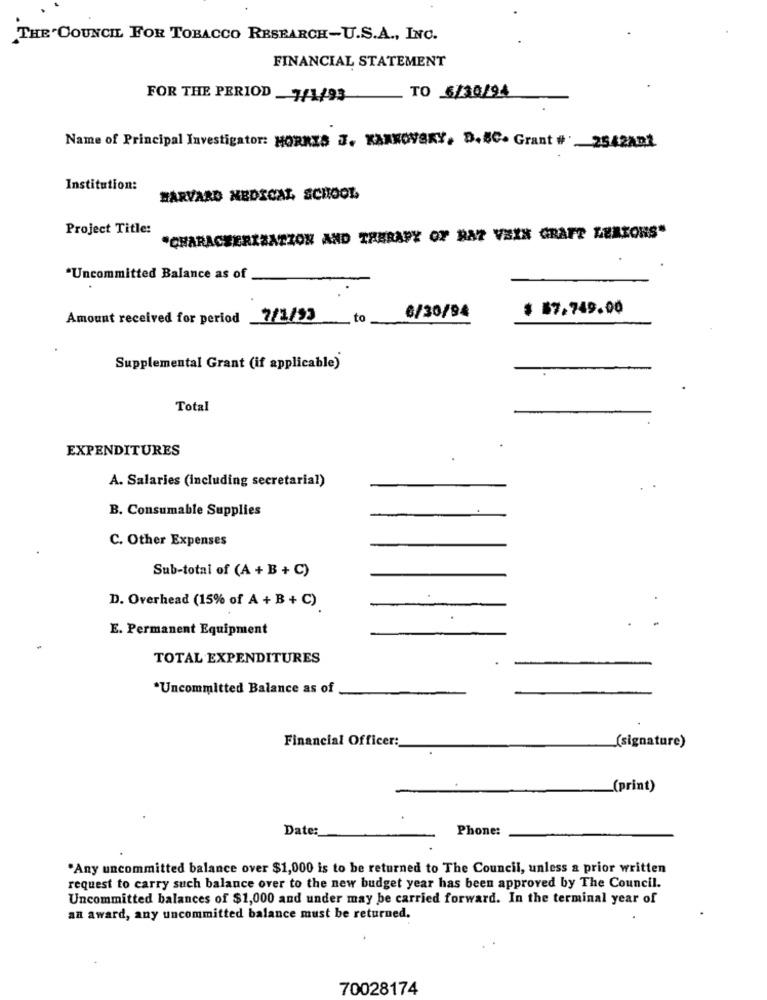
THE COUNCIL FOR TOBACCO RESEARCH-U.S.A ., INC.
FINANCIAL STATEMENT
TO 6/30/94
FOR THE PERIOD 7/1/93
Name of Principal Investigator: MORRIS J. KANKOVBRY, D.8C. Grant # 2542AD2
Institution:
HARVARD MEDICAL SCHOOL
Project Title:
*CHARACTERIZATION AND THERAPY OF BAZ VEIN GRAFT LEAZONS"
*Uncommitted Balance as of
$ $7.749.00
Amount received for period _7/1/93
to
6/30/94
Supplemental Grant (if applicable)
Total
EXPENDITURES
A. Salaries (Including secretarial)
B. Consumable Supplies
C. Other Expenses
Sub-total of (A + B + C)
D. Overhead (15% of A + B + C)
E. Permanent Equipment
TOTAL EXPENDITURES
*Uncommitted Balance as of
Financial Officer:
(signature)
(print)
Date:
Phone:
*Any uncommitted balance over $1,000 is to be returned to The Council, unless a prior written
request to carry such balance over to the new budget year has been approved by The Council.
Uncommitted balances of $1,000 and under may be carried forward. In the terminal year of
an award, any uncommitted balance must be returned.
70028174